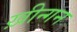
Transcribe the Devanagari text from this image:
ख़ीन्गन